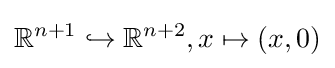
\mathbb {R} ^{n+1}\hookrightarrow \mathbb {R} ^{n+2},x\mapsto (x,0)